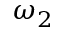
\omega _ { 2 }